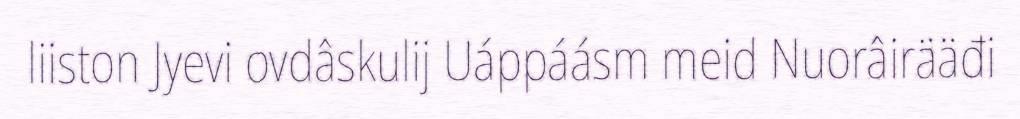
liiston Jyevi ovdâskulij Uáppáásm meid Nuorâirääđi